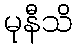
မုနီသိ